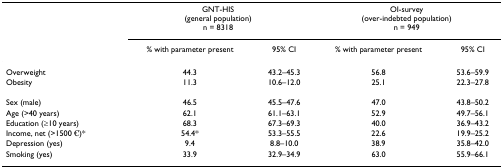
<table><thead><tr><td></td><td colspan="2"><b>GNT-HIS(general population)n = 8318</b></td><td colspan="2"><b>OI-survey(over-indebted population)n = 949</b></td></tr><tr><td></td><td><b>% with parameter present</b></td><td><b>95% CI</b></td><td><b>% with parameter present</b></td><td><b>95% CI</b></td></tr></thead><tbody><tr><td>Overweight</td><td>44.3</td><td>43.2–45.3</td><td>56.8</td><td>53.6–59.9</td></tr><tr><td>Obesity</td><td>11.3</td><td>10.6–12.0</td><td>25.1</td><td>22.3–27.8</td></tr><tr><td>Sex (male)</td><td>46.5</td><td>45.5–47.6</td><td>47.0</td><td>43.8–50.2</td></tr><tr><td>Age (&gt;40 years)</td><td>62.1</td><td>61.1–63.1</td><td>52.9</td><td>49.7–56.1</td></tr><tr><td>Education (≥10 years)</td><td>68.3</td><td>67.3–69.3</td><td>40.0</td><td>36.9–43.2</td></tr><tr><td>Income, net (&gt;1500 €)*</td><td>54.4*</td><td>53.3–55.5</td><td>22.6</td><td>19.9–25.2</td></tr><tr><td>Depression (yes)</td><td>9.4</td><td>8.8–10.0</td><td>38.9</td><td>35.8–42.0</td></tr><tr><td>Smoking (yes)</td><td>33.9</td><td>32.9–34.9</td><td>63.0</td><td>55.9–66.1</td></tr></tbody></table>